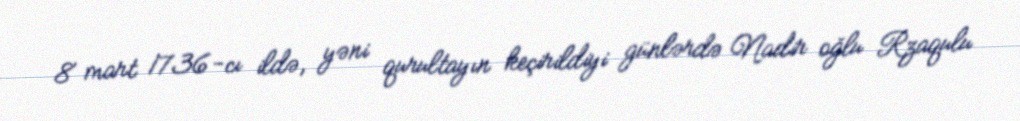
8 mart 1736-cı ildə, yəni qurultayın keçirildiyi günlərdə Nadir oğlu Rzaqulu